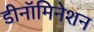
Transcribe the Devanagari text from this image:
डीनॉमिनेशन